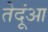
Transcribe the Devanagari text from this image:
तेदूंआ